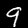
Digit: 9